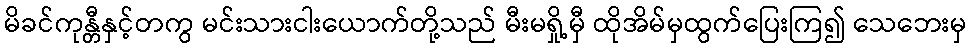
မိခင်ကုန္တီနှင့်တကွ မင်းသားငါးယောက်တို့သည် မီးမရှို့မှီ ထိုအိမ်မှထွက်ပြေးကြ၍ သေဘေးမှ